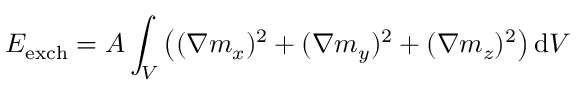
E _ { \mathrm { e x c h } } = A \int _ { V } \left( ( \nabla m _ { x } ) ^ { 2 } + ( \nabla m _ { y } ) ^ { 2 } + ( \nabla m _ { z } ) ^ { 2 } \right) \mathrm { d } V